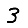
Digit: 3